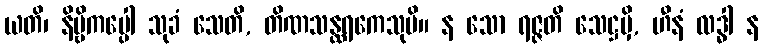
ယတိ၊ နိဗ္ဗိကပ္ပေါ သုခံ သေတိ, တိဏသန္ထရကေသုပိ။ န သော ရဇ္ဇတိ သေဋ္ဌမှိ, ဟီနံ လဒ္ဓါ န